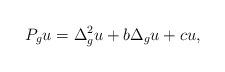
LaTeX: \begin{align*}P_g u =\Delta^2_g u +b\Delta_g u +cu,\end{align*}